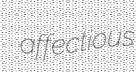
affectious